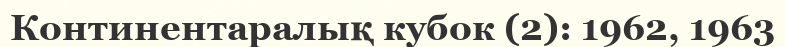
Континентаралық кубок (2): 1962, 1963